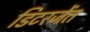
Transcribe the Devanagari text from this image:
डिटरजेंत